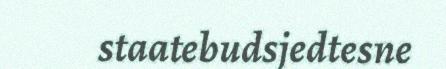
staatebudsjedtesne